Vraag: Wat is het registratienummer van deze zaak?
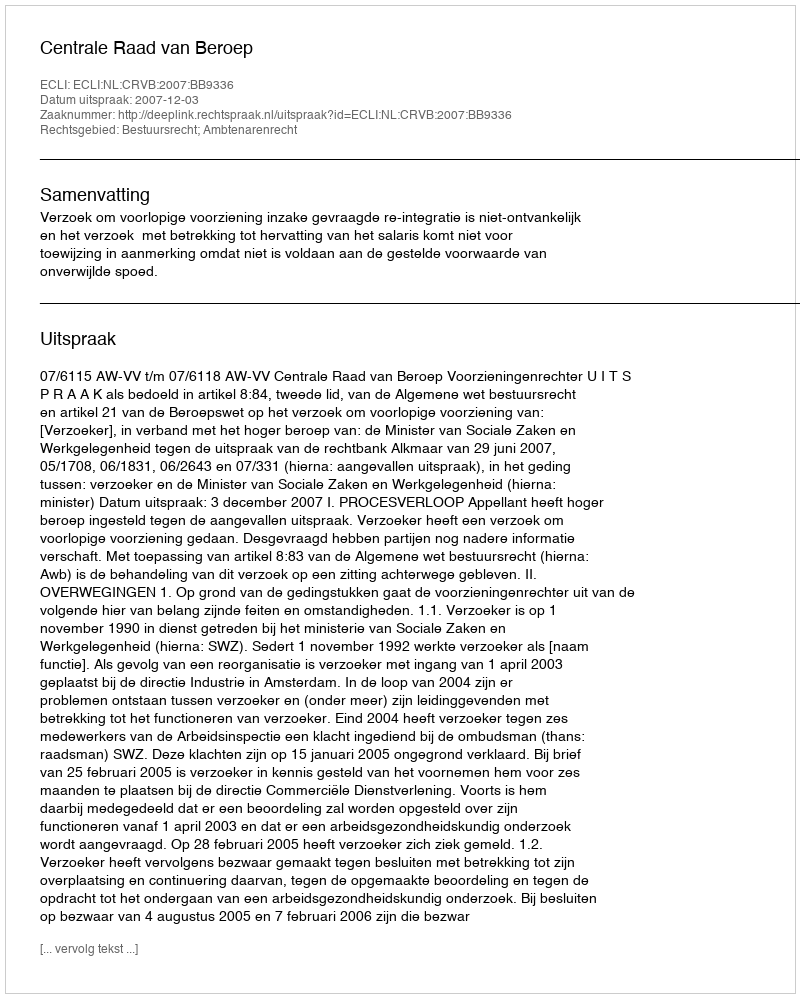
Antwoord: http://deeplink.rechtspraak.nl/uitspraak?id=ECLI:NL:CRVB:2007:BB9336